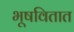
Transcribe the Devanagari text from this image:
भूषवितात